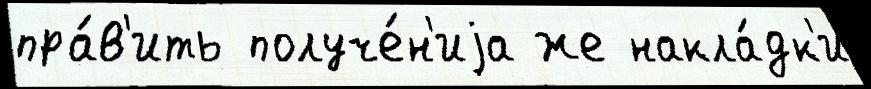
пра́в'ить получе́н'иjа же накла́дк'и